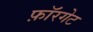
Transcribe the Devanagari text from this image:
फ़ॉरगेट